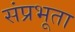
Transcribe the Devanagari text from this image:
संप्रभूता